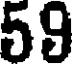
59